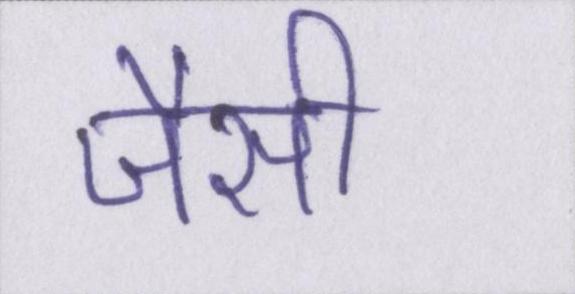
जैसी